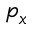
p _ { x }